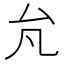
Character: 𰆭